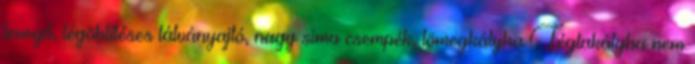
levegő, légöblítéses látványajtó, nagy sima csempék, tömegkályha Téglakályha nem